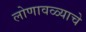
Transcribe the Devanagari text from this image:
लोणावळ्याचे